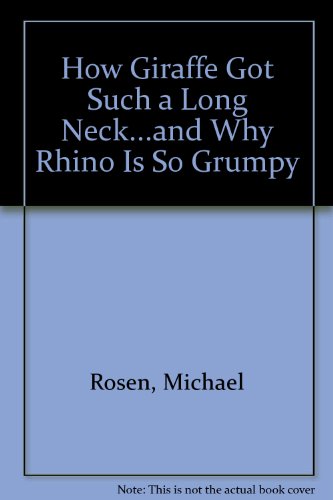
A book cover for How Giraffe Got Such a Long Neck: ..And Why Rhino is so Grumpy; Michael J. Rosen; Children's Books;